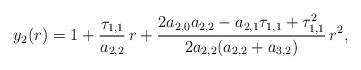
LaTeX: \begin{align*}y_2(r)=1+\dfrac{\tau_{1,1}}{a_{2,2}}\, r +\frac{2 a_{2,0}a_{2,2}-a_{2,1}\tau_{1,1}+\tau_{1,1}^2}{2a_{2,2}(a_{2,2}+ a_{3,2})}\,r^2,\end{align*}